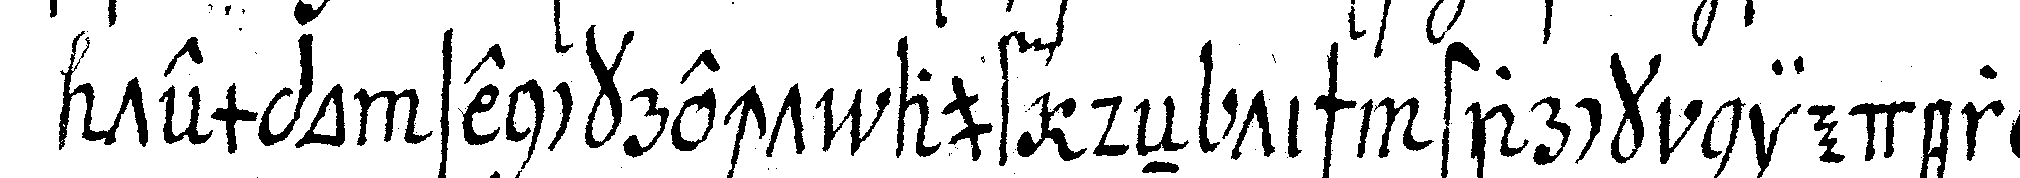
tempo senckrecht auf deN tisch starcknieder